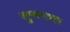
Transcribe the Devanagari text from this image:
शुष्कपत्रक